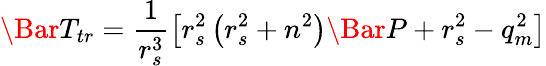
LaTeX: \Bar{T}_{tr}=\frac{1}{r_{s}^{3}}\left[r_{s}^{2}\left(r_{s}^{2}+n^{2}\right)\Bar{P}+r_{s}^{2}-q_{m}^{2}\right]